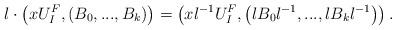
LaTeX: \begin{align*}l\cdot \left(xU_I^F, \left(B_0,...,B_k\right)\right)=\left(xl^{-1} U_I^F, \left(lB_0 l^{-1}, ..., l B_k l^{-1}\right)\right).\end{align*}